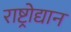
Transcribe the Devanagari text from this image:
राष्ट्रोद्यान